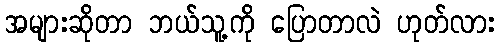
အများဆိုတာ ဘယ်သူ့ကို ပြောတာလဲ ဟုတ်လား